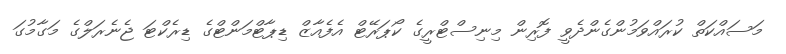
މަސައްކަތް ކުރައްވަމުންގެންދެވީ ފޮރިން މިނިސްޓްރީގެ ކޯޕަރޭޓް އެފެއާޒް ޑިޕާޓްމަންޓްގެ ޑިރެކްޓަ ޖެނެރަލްގެ މަގާމުގަ